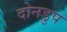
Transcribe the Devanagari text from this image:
दोनडुप